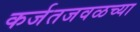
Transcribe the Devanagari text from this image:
कर्जतजवळच्या